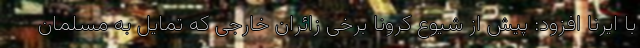
با ایرنا افزود: پیش از شیوع کرونا برخی زائران خارجی که تمایل به مسلمان